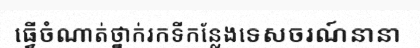
ធ្វើចំណាត់ថ្នាក់រកទីកន្លែងទេសចរណ៍នានា